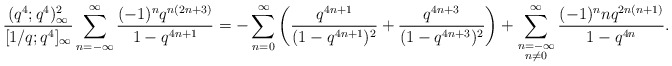
\begin{align*}&\frac{(q^4;q^4)^2_\infty}{[1/q;q^4]_\infty}\sum_{n=-\infty}^\infty\frac{(-1)^nq^{n(2n+3)}}{1-q^{4n+1}}=- \sum_{n=0}^\infty\left(\frac{q^{4n+1}}{(1-q^{4n+1})^2}+\frac{q^{4n+3}}{(1-q^{4n+3})^2}\right)+ \sum_{\substack{n=-\infty \\ n \neq 0}}^{\infty} \frac{(-1)^nnq^{2n(n+1)}}{1-q^{4n}}.\end{align*}